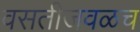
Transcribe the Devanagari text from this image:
वसतीजवळच